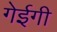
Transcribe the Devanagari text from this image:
गेईगी